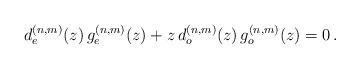
\begin{align*} d_e^{(n,m)}(z)\,g_e^{(n,m)}(z)+z\,d_o^{(n,m)}(z)\,g_o^{(n,m)}(z)=0\,.\end{align*}